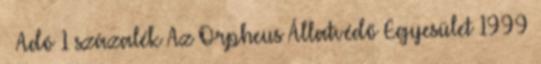
· Adó 1 százalék Az Orpheus Állatvédő Egyesület 1999